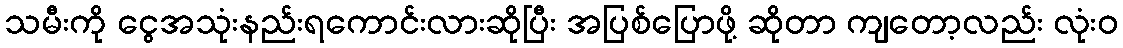
သမီးကို ငွေအသုံးနည်းရကောင်းလားဆိုပြီး အပြစ်ပြောဖို့ ဆိုတာ ကျတော့လည်း လုံးဝ